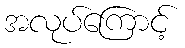
အလုပ်ကြောင့်